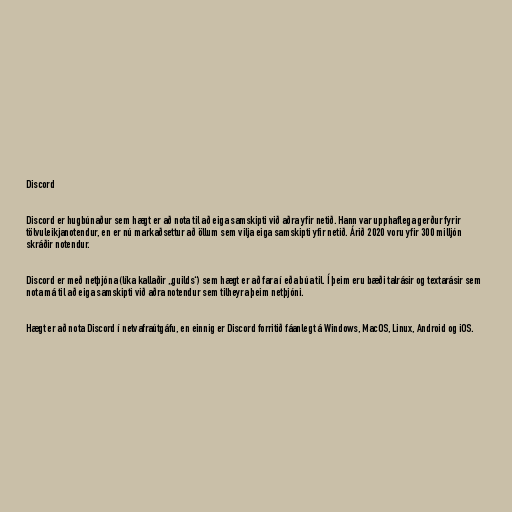
Discord

Discord er hugbúnaður sem hægt er að nota til að eiga samskipti við aðra yfir netið. Hann var upphaflega gerður fyrir
tölvuleikjanotendur, en er nú markaðsettur að öllum sem vilja eiga samskipti yfir netið. Árið 2020 voru yfir 300 milljón
skráðir notendur.

Discord er með netþjóna (líka kallaðir „guilds“) sem hægt er að fara í eða búa til. Í þeim eru bæði talrásir og textarásir sem
nota má til að eiga samskipti við aðra notendur sem tilheyra þeim netþjóni.

Hægt er að nota Discord í netvafraútgáfu, en einnig er Discord forritið fáanlegt á Windows, MacOS, Linux, Android og iOS.